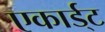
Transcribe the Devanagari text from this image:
एकार्ड्‌ट